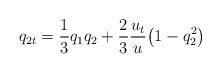
LaTeX: \begin{align*}q_{2t} = \frac{1}{3}q_1q_2 +\frac{2}{3}\frac{u_t}{u}\big(1-q^2_2\big)\end{align*}